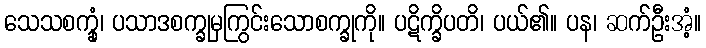
သေသစက္ခုံ၊ ပသာဒစက္ခုမှကြွင်းသောစက္ခုကို။ ပဋိက္ခိပတိ၊ ပယ်၏။ ပန၊ ဆက်ဦးအံ့။